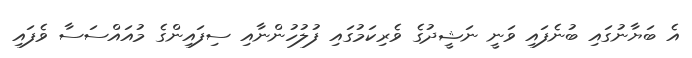
އެ ބަޔާނުގައި ބުނެފައި ވަނީ ނަޝީދުގެ ވެރިކަމުގައި ފުލުހުންނާއި ސިފައިންގެ މުއައްސަސާ ވެފައި